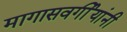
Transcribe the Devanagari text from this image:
मागासवर्गीयांनी